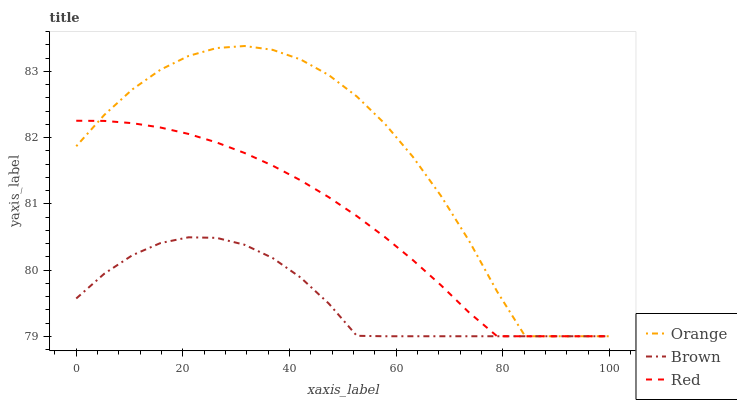
| xaxis_label | Orange | Brown | Red |
 | --- | --- | --- | --- |
 | 0 | 81.9 | 79.6 | 82.3 |
 | 5.26 | 82.3 | 79.9 | 82.3 |
 | 10.5 | 82.7 | 80.2 | 82.2 |
 | 15.8 | 83 | 80.4 | 82.2 |
 | 21.1 | 83.2 | 80.5 | 82.1 |
 | 26.3 | 83.4 | 80.5 | 81.9 |
 | 31.6 | 83.4 | 80.4 | 81.8 |
 | 36.8 | 83.3 | 80.2 | 81.6 |
 | 42.1 | 83.2 | 79.9 | 81.4 |
 | 47.4 | 82.9 | 79.5 | 81.1 |
 | 52.6 | 82.6 | 79 | 80.8 |
 | 57.9 | 82.2 | 79 | 80.5 |
 | 63.2 | 81.7 | 79 | 80.1 |
 | 68.4 | 81.1 | 79 | 79.8 |
 | 73.7 | 80.4 | 79 | 79.4 |
 | 78.9 | 79.7 | 79 | 79 |
 | 84.2 | 79 | 79 | 79 |
 | 89.5 | 79 | 79 | 79 |
 | 94.7 | 79 | 79 | 79 |
 | 100 | 79 | 79 | 79 |